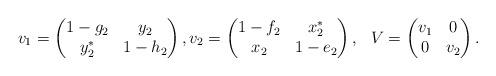
LaTeX: \begin{align*} v_1= \begin{pmatrix} 1-g_2 & y_2 \\ y_2^* & 1-h_2 \end{pmatrix},v_2 = \begin{pmatrix} 1-f_2 & x_2^* \\ x_2 & 1-e_2 \end{pmatrix} , \, \, \,\, V= \begin{pmatrix} v_1 & 0 \\ 0 & v_2 \end{pmatrix}. \end{align*}